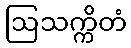
ဩသက္ကိတံ